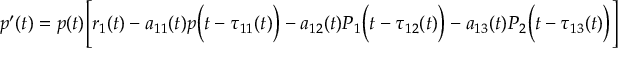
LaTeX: p ^ { \prime } ( t ) = p ( t ) { \Biggl [ } r _ { 1 } ( t ) - a _ { 1 1 } ( t ) p { \biggl ( } t - \tau _ { 1 1 } ( t ) { \biggr ) } - a _ { 1 2 } ( t ) P _ { 1 } { \biggl ( } t - \tau _ { 1 2 } ( t ) { \biggr ) } - a _ { 1 3 } ( t ) P _ { 2 } { \biggl ( } t - \tau _ { 1 3 } ( t ) { \biggr ) } { \Biggr ] }